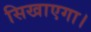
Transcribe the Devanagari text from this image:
सिखाएगा।